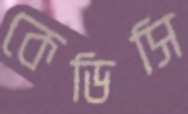
কেডিসি